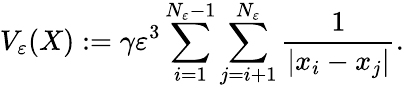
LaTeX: V_{\varepsilon}(X):=\gamma\varepsilon^{3}\sum_{i=1}^{N_{\varepsilon}-1}\sum_{j=i+1}^{N_{\varepsilon}}{\frac{1}{|x_{i}-x_{j}|}}.